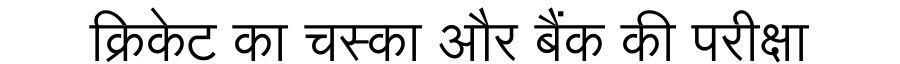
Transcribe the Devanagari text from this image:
क्रिकेट का चस्का और बैंक की परीक्षा